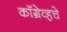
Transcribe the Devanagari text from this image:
कॉग्रेव्हचे